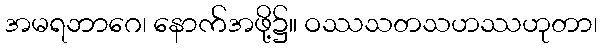
အမရဘာဂေ၊ နောက်အဖို့၌။ ဝဿသတသဟဿဟုတာ၊